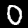
Label: 0